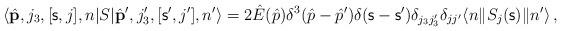
\begin{align*}\langle \hat{\bf p},j_3,[{\mathsf s},j],n |S| \hat{\bf p}',j_3',[{\mathsf s}',j'],n' \rangle = 2\hat{E}(\hat{p})\delta ^3 (\hat{p}-\hat{p}') \delta({\mathsf s}-{\mathsf s}') \delta _{j_3j_3'}\delta_{jj'} \langle n \| S_j({\mathsf s})\| n '\rangle \, , \end{align*}